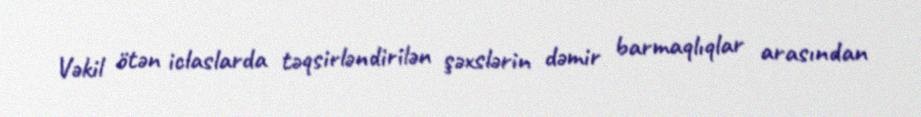
Vəkil ötən iclaslarda təqsirləndirilən şəxslərin dəmir barmaqlıqlar arasından